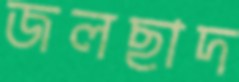
জলছাদ